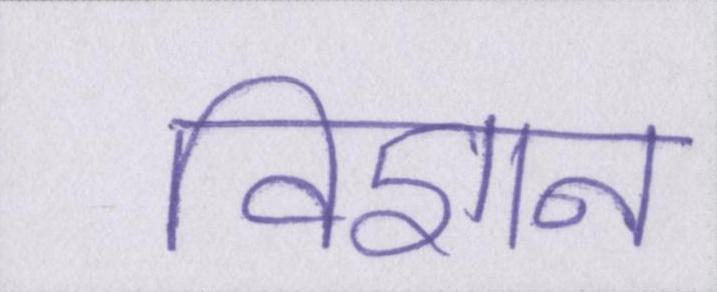
विज्ञान